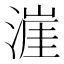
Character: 漄